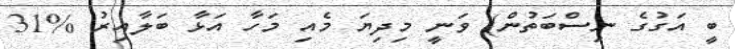
ބީ އަގުގެ ނިސްބަތުން) ވަނީ މިދިޔަ މެއި މަހާ އަޅާ ބަލާއިރު %31